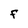
Character: f